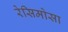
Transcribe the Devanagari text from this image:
रेसिमोसा